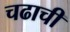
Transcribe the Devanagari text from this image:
चढाची